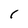
Character: l